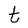
Character: t